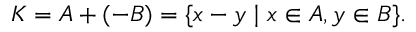
K = A + ( - B ) = \{ x - y \mid x \in A , y \in B \} .